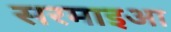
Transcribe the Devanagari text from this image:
सरमाइआ